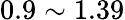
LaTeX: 0.9\sim 1.39